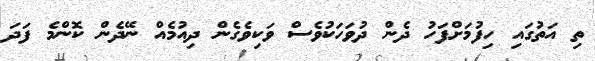
ތި އަތުގައި ހިފުމަށްފަހު ދެން ދުވަހަކުވެސް ވަކިވެގެން ދިއުމެއް ނޭދެން ކޮންމެ ފަދަ